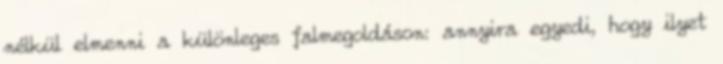
nélkül elmenni a különleges falmegoldáson: annyira egyedi, hogy ilyet